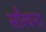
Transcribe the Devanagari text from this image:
साँत्वना